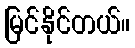
မြင်နိုင်တယ်။